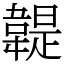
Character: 䪘